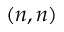
( n , n )